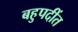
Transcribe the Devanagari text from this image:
बहुपदींत